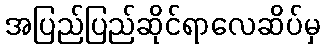
အပြည်ပြည်ဆိုင်ရာလေဆိပ်မှ